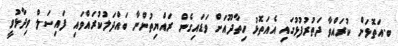
ބ.އަތޮޅަށް ކުރައްވާ ދަތުރުފުޅުގައި އެއަތޮޅު ހިތާދޫއަށް ވަޑައިގެން ރައްޔިތުންނާ ބައްދަލުކުރައްވައި ފައިސަލް ވިދާޅުވީ